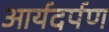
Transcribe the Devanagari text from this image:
आर्यदर्पण